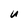
Character: U